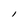
Character: l